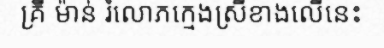
គ្រី ម៉ាន់ រំលោភក្មេងស្រីខាងលើនេះ